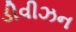
ડીવીઝન